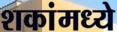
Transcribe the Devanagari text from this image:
शकांमध्ये